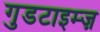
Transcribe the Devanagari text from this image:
गुडटाइम्ज़